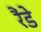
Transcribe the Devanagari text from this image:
रैंडे